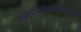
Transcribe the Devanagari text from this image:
क्लोरडायज़ेपाक्साइड